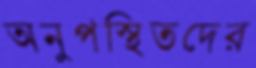
অনুপস্থিতদের